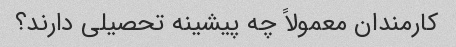
کارمندان معمولاً چه پیشینه تحصیلی دارند؟